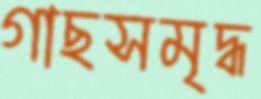
গাছসমৃদ্ধ